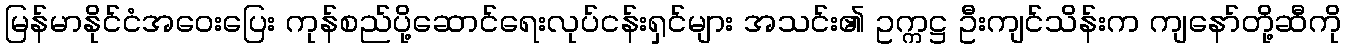
မြန်မာနိုင်ငံအဝေးပြေး ကုန်စည်ပို့ဆောင်ရေးလုပ်ငန်းရှင်များ အသင်း၏ ဥက္ကဋ္ဌ ဦးကျင်သိန်းက ကျနော်တို့ဆီကို